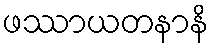
ဖဿာယတနာနိ